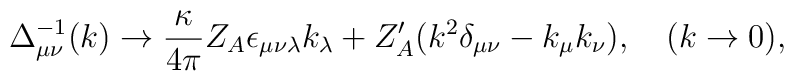
\Delta^{-1}_{\mu\nu}(k)\to \frac{\kappa}{4\pi}Z_A \epsilon_{\mu\nu\lambda} k_{\lambda}+Z'_A (k^2\delta_{\mu\nu}-k_{\mu}k_{\nu}),\quad (k\to 0),